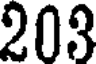
203